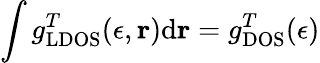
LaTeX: \int g_{\mathrm{LDOS}}^{T}(\epsilon,\mathbf{r})\mathrm{d}\mathbf{r}=g_{\mathrm{DOS}}^{T}(\epsilon)